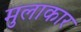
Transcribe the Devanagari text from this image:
मुलाकार